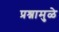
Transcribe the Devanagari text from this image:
प्रश्नामुळे